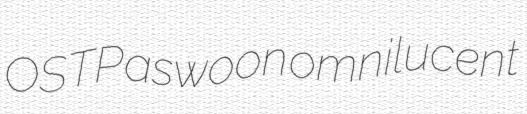
OSTP aswoon omnilucent